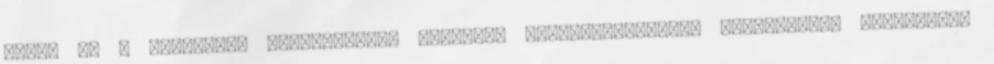
fűtés és a mennyezet hűtés-fűtés, valamint energiatakarékos csaptelepek szolgálják